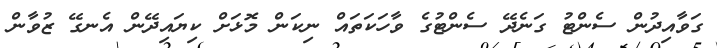
ގަވާއިދުން ސެންޓު ގަނެދޭ ސެންޓުގެ ވާހަކަތައް ނިކަން މޮޅަށް ކިޔައިދޭން އެނގޭ ޒުވާން